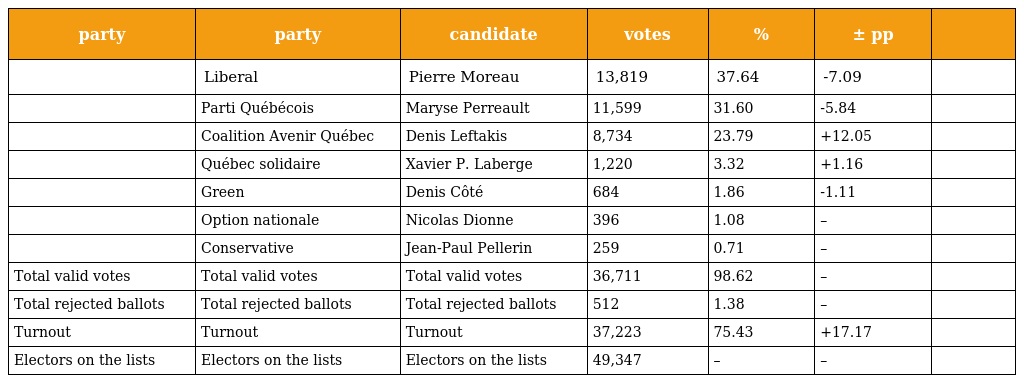
| party | party | candidate | votes | % | ± pp |  |
 | --- | --- | --- | --- | --- | --- | --- |
 |  | Liberal | Pierre Moreau | 13,819 | 37.64 | -7.09 |  |
 |  | Parti Québécois | Maryse Perreault | 11,599 | 31.60 | -5.84 |  |
 |  | Coalition Avenir Québec | Denis Leftakis | 8,734 | 23.79 | +12.05 |  |
 |  | Québec solidaire | Xavier P. Laberge | 1,220 | 3.32 | +1.16 |  |
 |  | Green | Denis Côté | 684 | 1.86 | -1.11 |  |
 |  | Option nationale | Nicolas Dionne | 396 | 1.08 | – |  |
 |  | Conservative | Jean-Paul Pellerin | 259 | 0.71 | – |  |
 | Total valid votes | Total valid votes | Total valid votes | 36,711 | 98.62 | – |  |
 | Total rejected ballots | Total rejected ballots | Total rejected ballots | 512 | 1.38 | – |  |
 | Turnout | Turnout | Turnout | 37,223 | 75.43 | +17.17 |  |
 | Electors on the lists | Electors on the lists | Electors on the lists | 49,347 | – | – |  |